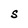
Character: S